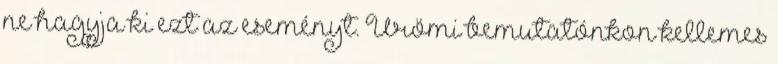
ne hagyja ki ezt az eseményt. Ürömi bemutatónkon kellemes